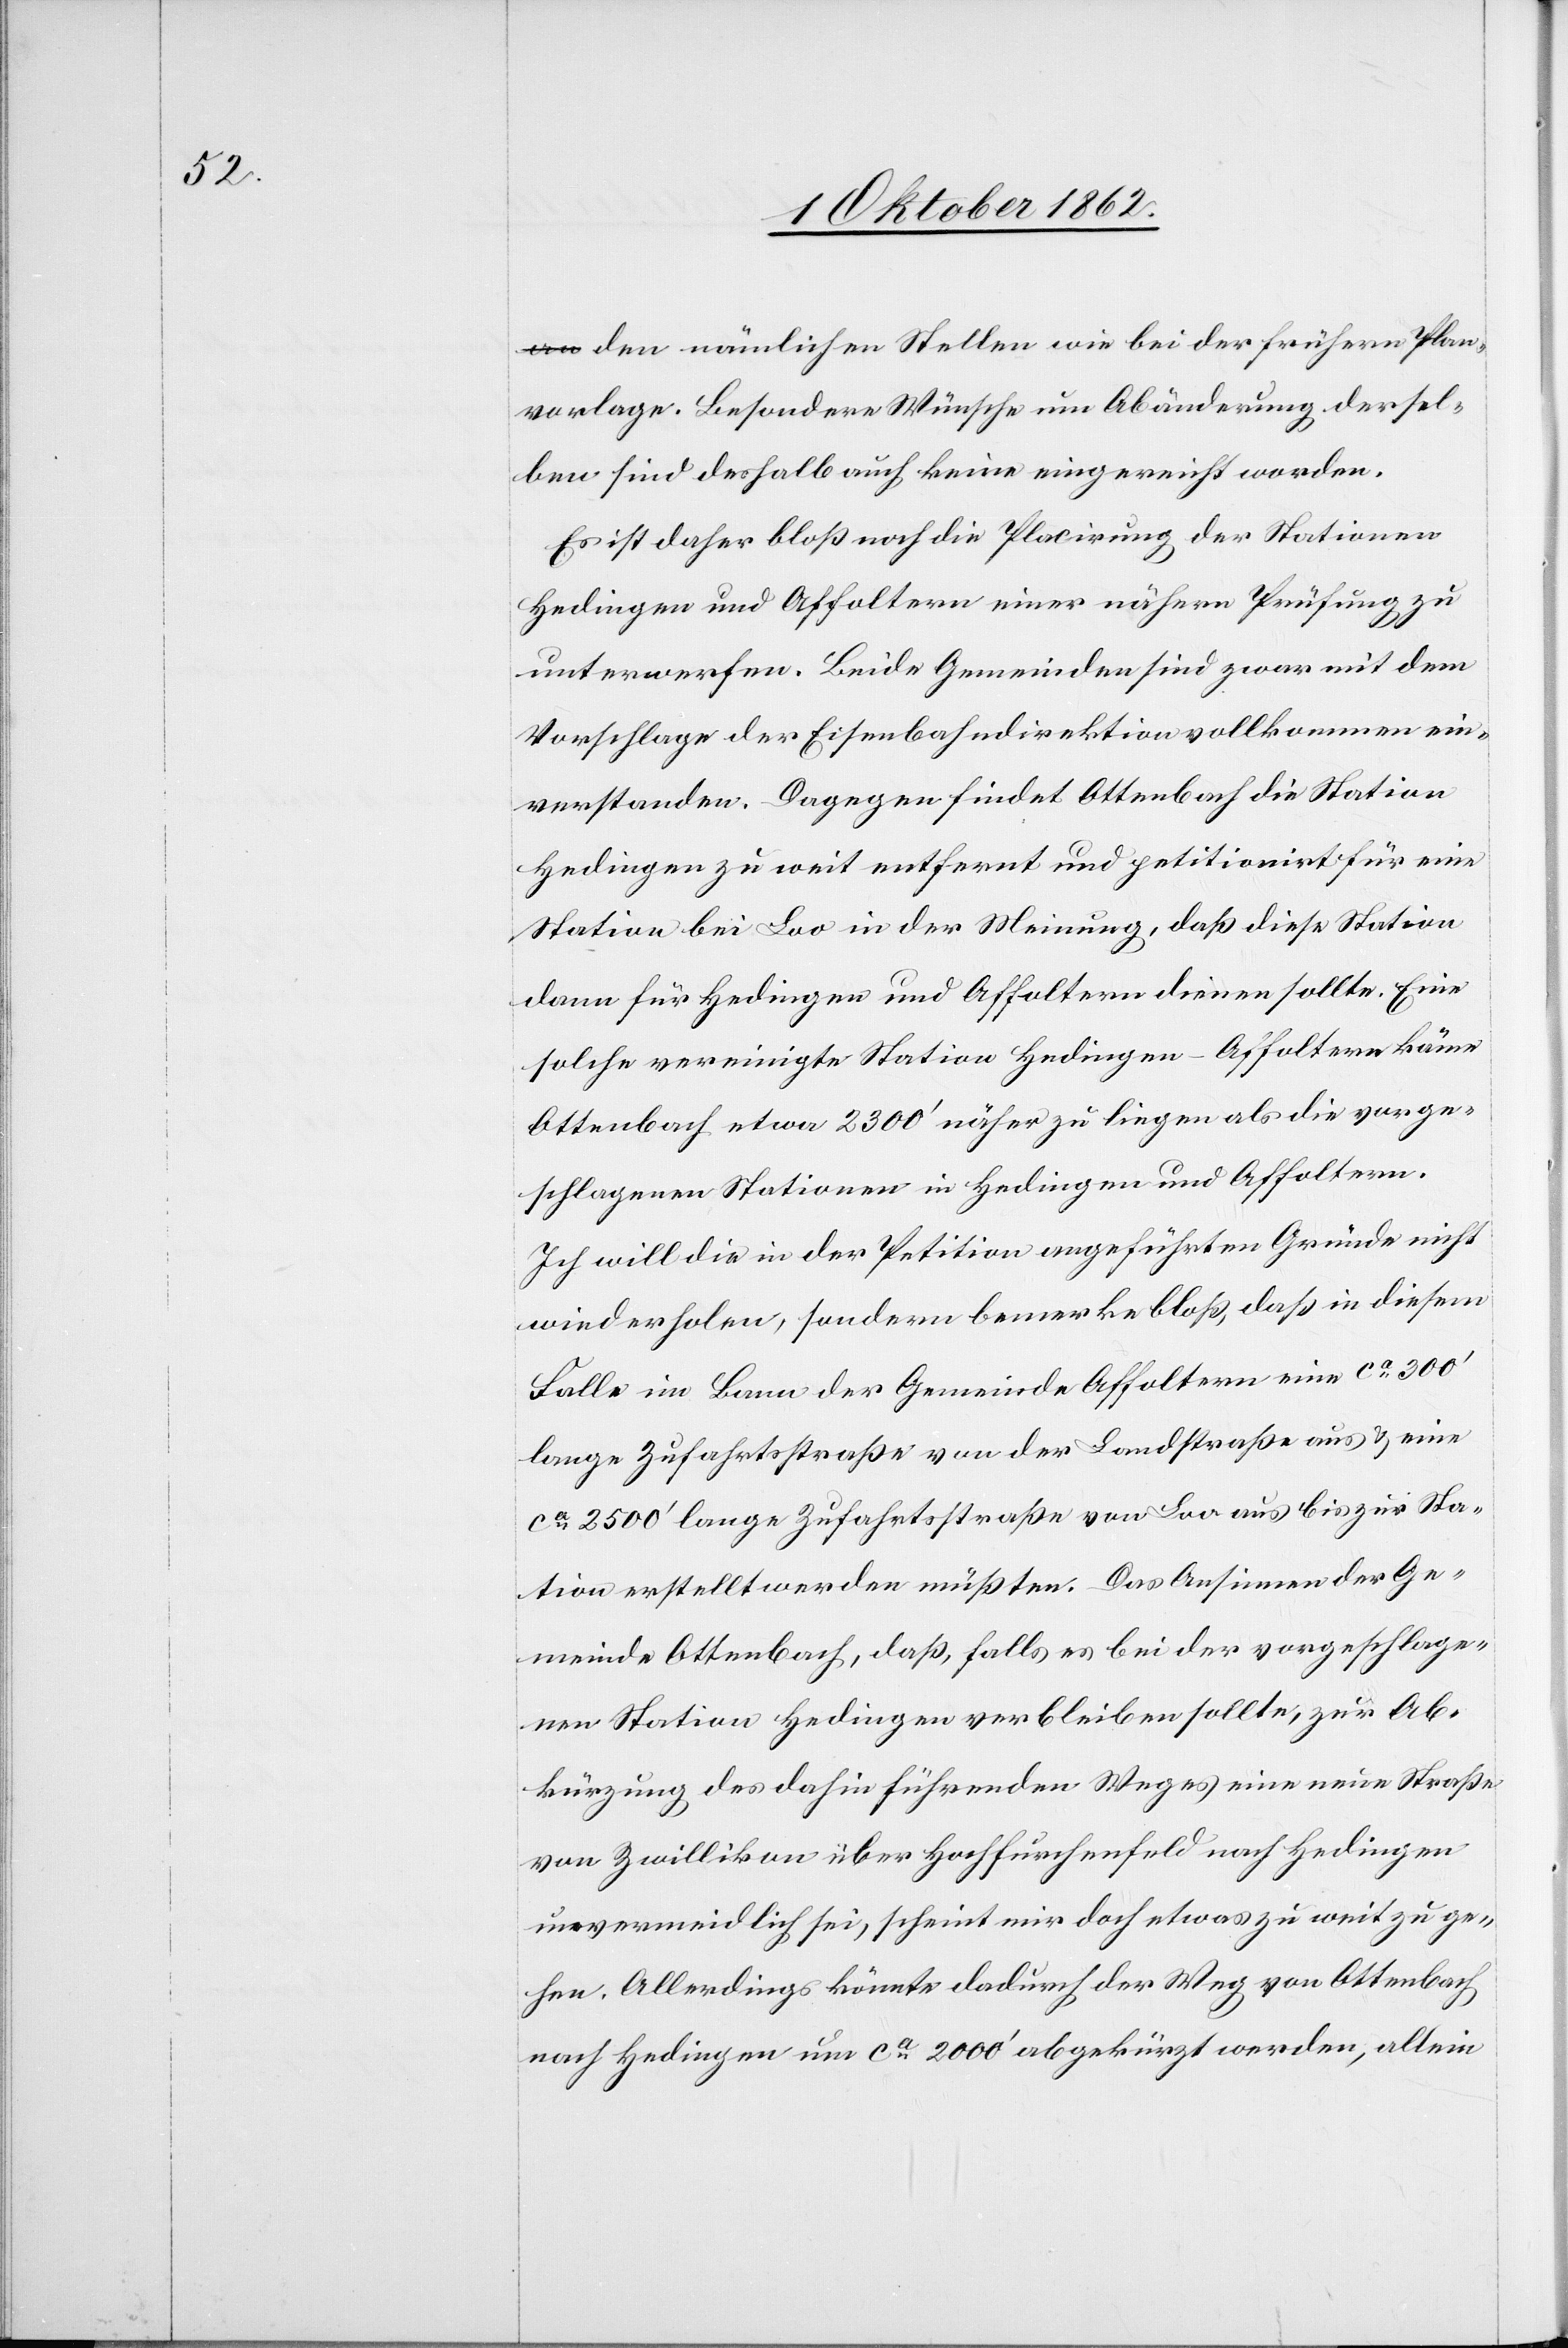
den nämlichen Stellen wie die der frühern Plan¬
vorlage. Besondere Wünsche um Abänderung dersel¬
ben sind deshalb auch keine eingereicht worden.
Es ist daher bloß noch die Placirung der Stationen
Hedingen und Affoltern einer nähern Prüfung zu
unterwerfen. Beide Gemeinden sind zwar mit dem
Vorschlage der Eisenbahndirektion vollkommen ein¬
verstanden. Dagegen findet Ottenbach die Station
Hedingen zu weit entfernt und petitionirt für eine
Station bei Loo in der Meinung, daß diese Station
dann für Hedingen und Affoltern dienen sollte. Eine
solche vereinigte Station Hedingen-Affoltern käme
Ottenbach etwa 2300’ näher zu liegen als die vorge¬
schlagenen Stationen in Hedingen und Affoltern.
Ich will die in der Petition angeführten Gründe nicht
wiederholen, sondern bemerke bloß, daß in diesem
Falle im Bann der Gemeinde Affoltern eine ca 300’
lange Zufahrtsstraße von der Landstraße aus u. eine
ca 2500’ lange Zufahrtsstraße von Loo aus bis zur Sta¬
tion erstellt werden müßten. Das Ansinnen der Ge¬
meinde Ottenbach, daß, falls es bei der vorgeschlage¬
nen Station Hedingen verbleiben sollte, zur Ab¬
kürzung des dahin führenden Weges eine neue Straße
von Zwillikon über Hochfurchenfeld nach Hedingen
unvermeidlich sei, scheint mir doch etwas zu weit zu ge¬
hen. Allerdings könnte dadurch der Weg von Ottenbach
nach Hedingen um ca 2000’ abgekürzt werden, allein